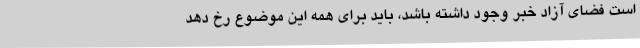
است فضای آزاد خبر وجود داشته باشد، باید برای همه این موضوع رخ دهد